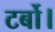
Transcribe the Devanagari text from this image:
टर्बो।